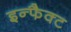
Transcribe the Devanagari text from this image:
इन्फैक्ट